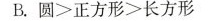
B.$$圆 ＞ 正 方 形 > 长方 形$$